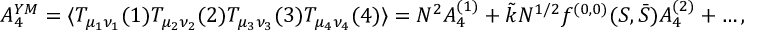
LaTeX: { A _ { 4 } ^ { Y M } = \langle T _ { \mu _ { 1 } \nu _ { 1 } } ( 1 ) T _ { \mu _ { 2 } \nu _ { 2 } } ( 2 ) T _ { \mu _ { 3 } \nu _ { 3 } } ( 3 ) T _ { \mu _ { 4 } \nu _ { 4 } } ( 4 ) \rangle = N ^ { 2 } A _ { 4 } ^ { ( 1 ) } + \tilde { k } N ^ { 1 / 2 } f ^ { ( 0 , 0 ) } ( S , \bar { S } ) A _ { 4 } ^ { ( 2 ) } + \dots , }